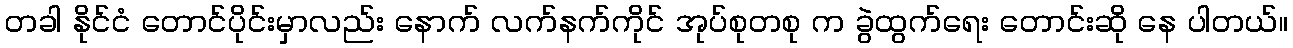
တခါ နိုင်ငံ တောင်ပိုင်းမှာလည်း နောက် လက်နက်ကိုင် အုပ်စုတစု က ခွဲထွက်ရေး တောင်းဆို နေ ပါတယ်။